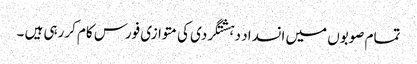
تمام صوبوں میں انسداد دہشتگردی کی متوازی فورس کام کررہی ہیں ۔